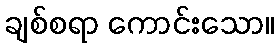
ချစ်စရာ ကောင်းသော။